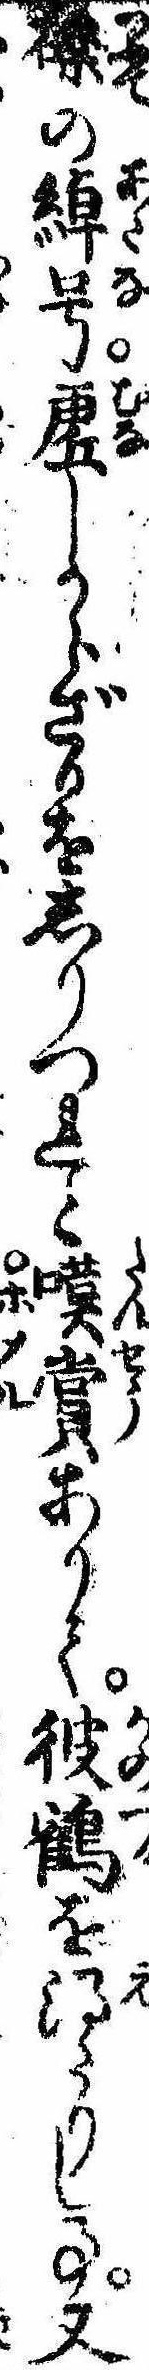
礫の綽号虚しからざるをしりつれと嘆賞ありて彼鶴を得たりし事又